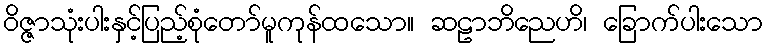
ဝိဇ္ဇာသုံးပါးနှင့်ပြည့်စုံတော်မူကုန်ထသော။ ဆဠာဘိညေဟိ၊ ခြောက်ပါးသော